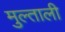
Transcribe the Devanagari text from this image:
मुल्ताली